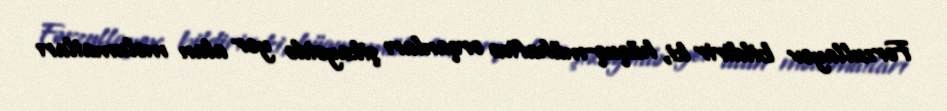
Fərzullayev bildirir ki, hüquq-mühafizə orqanları şikayətdə yer alan məlumatları